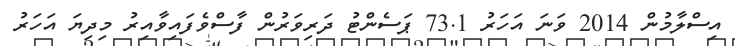
އިސްލާމުން 2014 ވަނަ އަހަރު 73.1 ޕަސެންޓު ދަރިވަރުން ފާސްވެފައިވާއިރު މިދިޔަ އަހަރު